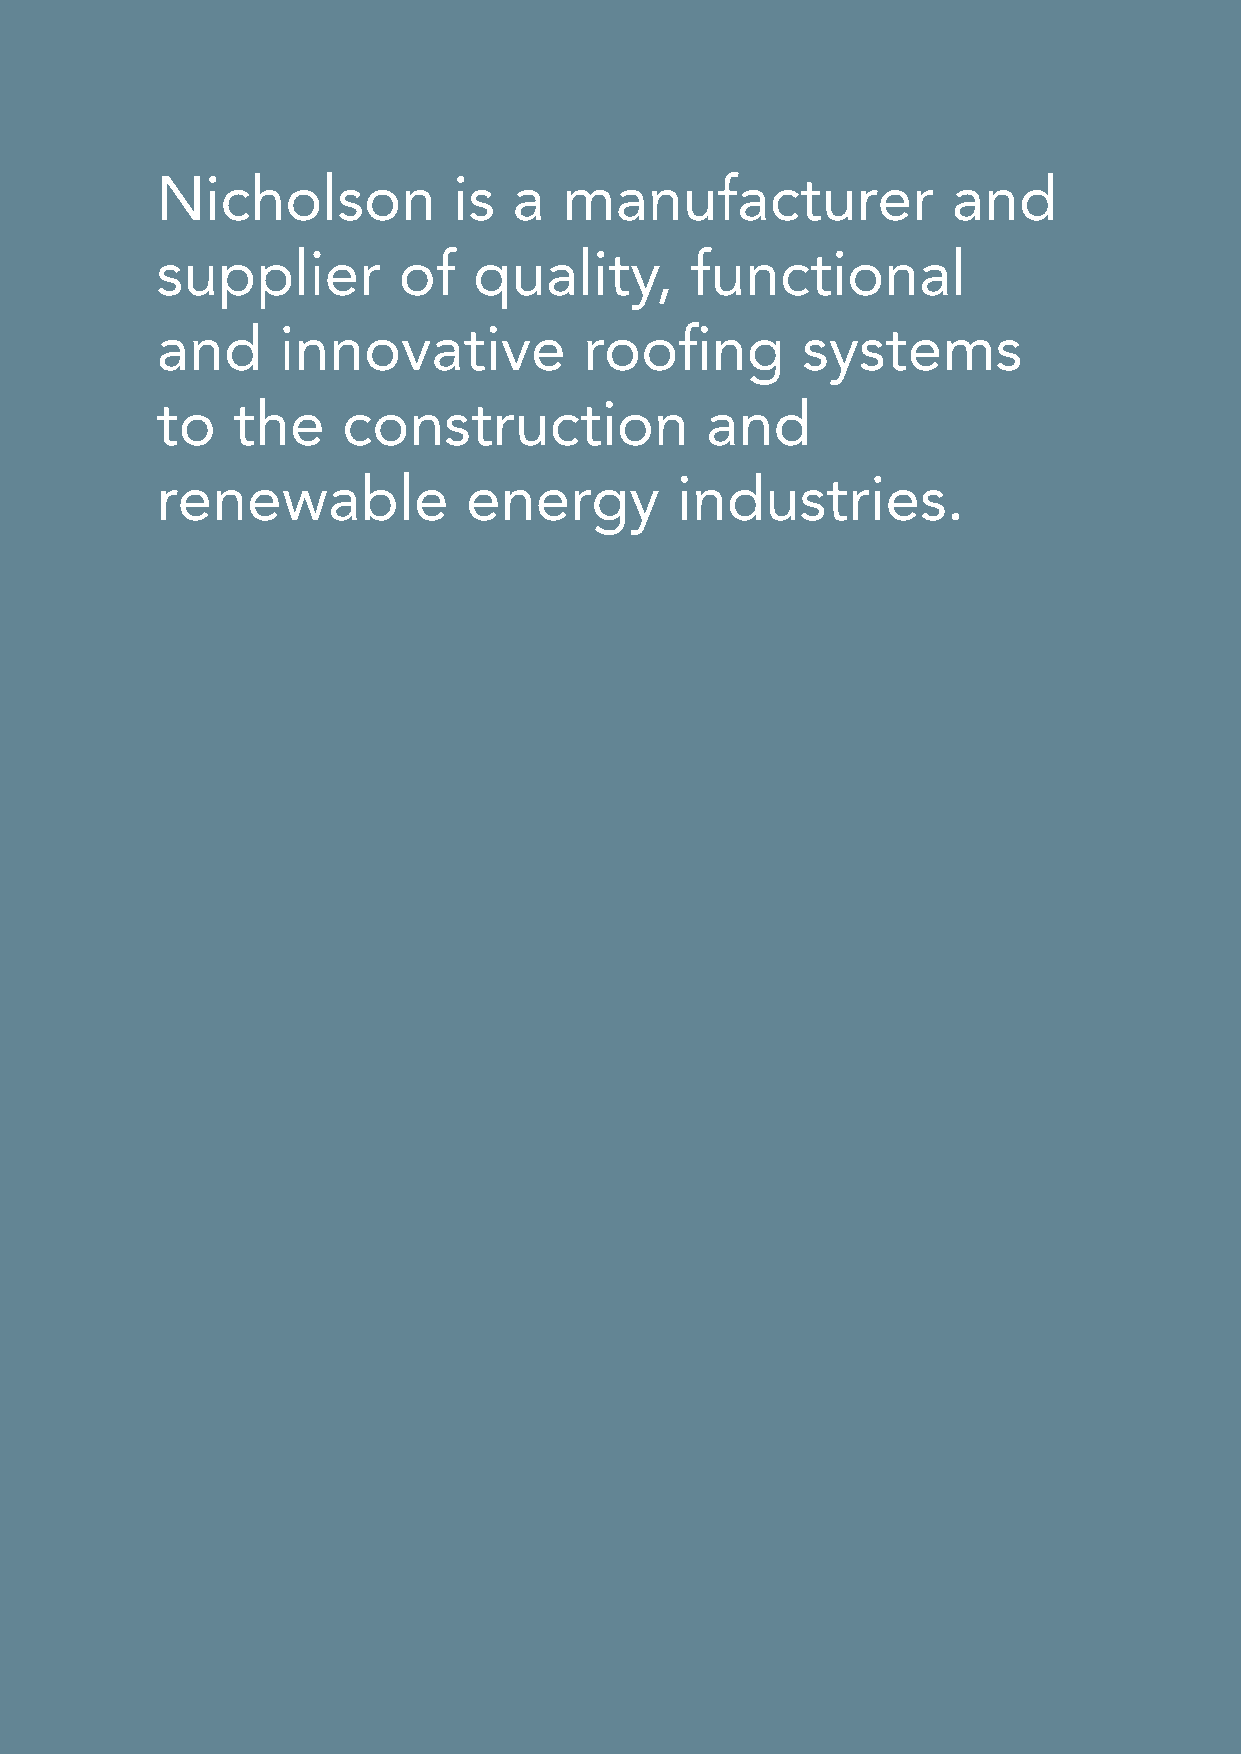
Nicholson           is  a  manufacturer              and
 supplier        of   quality,       functional
 and     innovative           roofing       systems
 to   the     construction            and
 renewable            energy        industries.
 sales & technical support: 01763 295828 | www.nicholsonsts.com         2